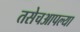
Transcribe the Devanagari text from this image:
तसेचआपल्या